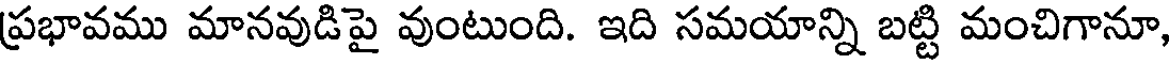
ప్రభావము మానవుడిపై వుంటుంది. ఇది సమయాన్ని బట్టి మంచిగానూ,